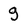
Character: g